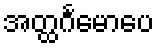
အတ္ထင်္ဂမောပေ